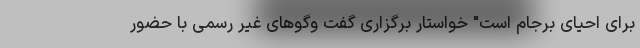
برای احیای برجام است" خواستار برگزاری گفت وگوهای غیر رسمی با حضور